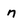
Character: n